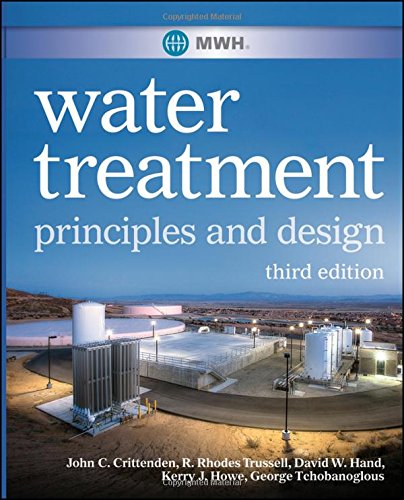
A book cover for MWH's Water Treatment: Principles and Design; John C. Crittenden; Science & Math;